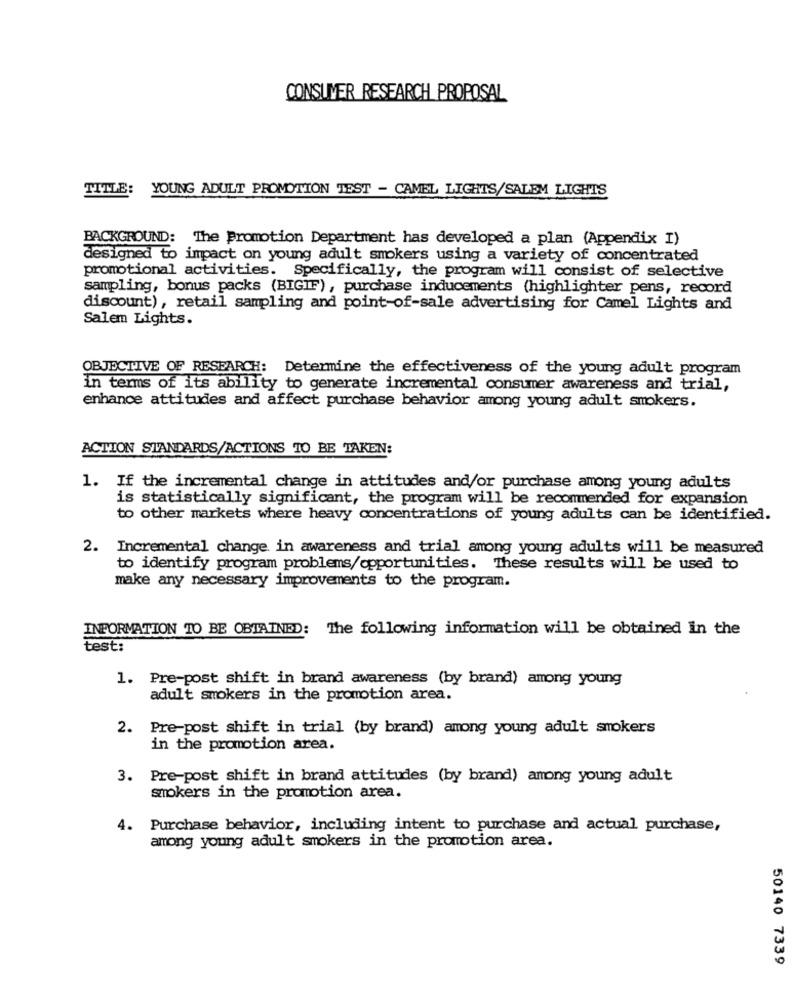
CONSUMER RESEARCH PROPOSAL
TITLE: YOUNG ADULT PROMOTION TEST - CAMEL LIGHTS/SALEM LIGHTS
BACKGROUND: The Promotion Department has developed a plan (Appendix I)
designed to impact on young adult smokers using a variety of concentrated
promotional activities. Specifically, the program will consist of selective
sampling, bonus packs (BIGIF), purchase inducements (highlighter pens, record
discount), retail sampling and point-of-sale advertising for Camel Lights and
Salem Lights.
OBJECTIVE OF RESEARCH: Determine the effectiveness of the young adult program
in terms of its ability to generate incremental consumer awareness and trial,
enhance attitudes and affect purchase behavior among young adult smokers.
ACTION STANDARDS/ACTIONS TO BE TAKEN:
1. If the incremental change in attitudes and/or purchase among young adults
is statistically significant, the program will be recommended for expansion
to other markets where heavy concentrations of young adults can be identified.
2. Incremental change in awareness and trial among young adults will be measured
to identify program problems/opportunities. These results will be used to
make any necessary improvements to the program.
INFORMATION TO BE OBTAINED: The following information will be obtained In the
test:
1. Pre-post shift in brand awareness (by brand) among young
adult smokers in the promotion area.
2. Pre-post shift in trial (by brand) among young adult smokers
in the promotion area.
3. Pre-post shift in brand attitudes (by brand) among young adult
smokers in the promotion area.
4. Purchase behavior, including intent to purchase and actual purchase,
among young adult smokers in the promotion area.
50140 7339